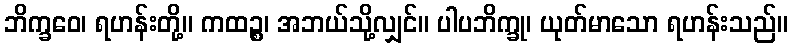
ဘိက္ခဝေ၊ ရဟန်းတို့။ ကထဉ္စ၊ အဘယ်သို့လျှင်။ ပါပဘိက္ခု၊ ယုတ်မာသော ရဟန်းသည်။